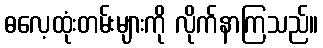
ဓလေ့ထုံးတမ်းများကို လိုက်နာကြသည်။